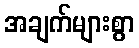
အချက်များစွာ